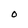
Character: O